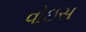
વોઇસ